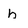
Character: h